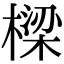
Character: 樑